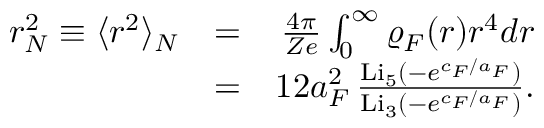
\begin{array} { r l r } { r _ { N } ^ { 2 } \equiv \langle r ^ { 2 } \rangle _ { N } } & { = } & { \frac { 4 \pi } { Z e } \int _ { 0 } ^ { \infty } \varrho _ { F } ( r ) r ^ { 4 } d r } \\ & { = } & { 1 2 a _ { F } ^ { 2 } \, \frac { \mathrm { L i } _ { 5 } ( - e ^ { c _ { F } / a _ { F } } ) } { \mathrm { L i } _ { 3 } ( - e ^ { c _ { F } / a _ { F } } ) } . } \end{array}